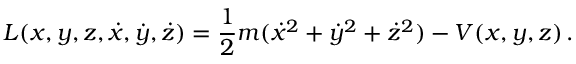
L ( x , y , z , { \dot { x } } , { \dot { y } } , { \dot { z } } ) = { \frac { 1 } { 2 } } m ( { \dot { x } } ^ { 2 } + { \dot { y } } ^ { 2 } + { \dot { z } } ^ { 2 } ) - V ( x , y , z ) \, .